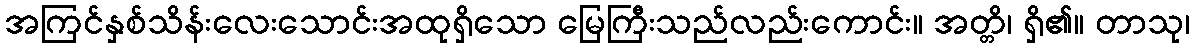
အကြင်နှစ်သိန်းလေးသောင်းအထုရှိသော မြေကြီးသည်လည်းကောင်း။ အတ္တိ၊ ရှိ၏။ တာသု၊